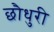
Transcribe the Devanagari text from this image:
छौधुरी